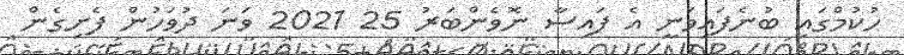
ހުކުމްގައި ބުނެފައިވަނީ އެ ފައިސާ ނޮވެންބަރު 25 2021 ވަނަ ދުވަހުން ފެށިގެން